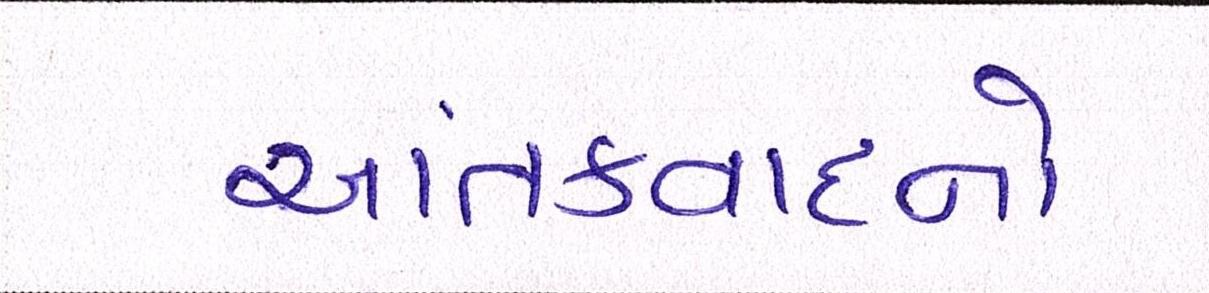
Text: આતંકવાદનો